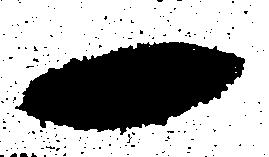
一